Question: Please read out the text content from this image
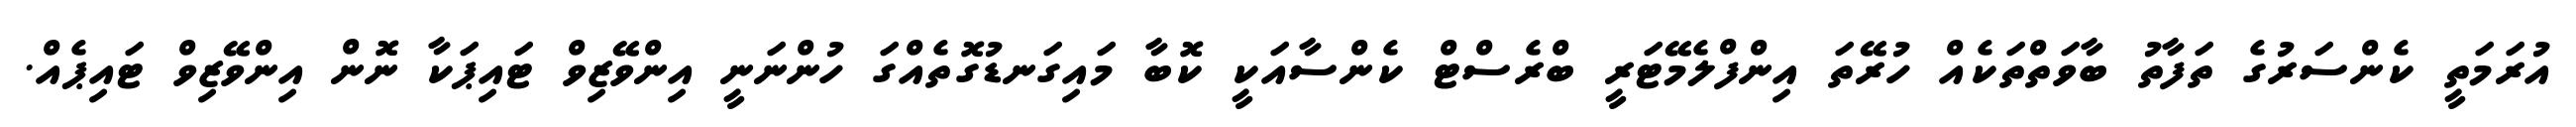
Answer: އުރަމަތީ ކެންސަރުގެ ތަފާތު ބާވަތްތަކެއް ހުރޭތަ އިންފްލެމޭޓަރީ ބްރެސްޓް ކެންސާއަކީ ކޮބާ މައިގަނޑުގޮތެއްގަ ހުންނަނީ އިންވޭޒިވް ޓައިޕަކާ ނޮން އިންވޭޒިވް ޓައިޕެއް.